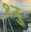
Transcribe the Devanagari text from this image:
१रु